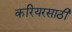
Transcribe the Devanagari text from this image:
करियरसाठी